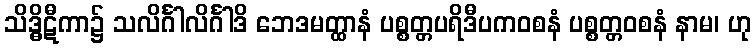
သိဒ္ဓိဋီကာ၌ သလိင်္ဂါလိင်္ဂါဒိ ဘေဒမတ္ထာနံ ပစ္စတ္တပရိဒီပကဝစနံ ပစ္စတ္တဝစနံ နာမ၊ ဟု